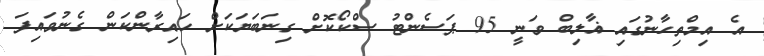
އެ އިމްތިހާނުގައި ޣާލިބް ވަނީ 95 ޕަސެންޓު ސްކޯކޮށް ގިނަބަޔަކަށް ހައިރާންކަން ގެނުވައިފަ